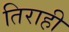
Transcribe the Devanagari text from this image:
तिराही